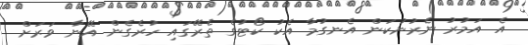
އެ އަމުރު ނެރުނުކަން އެނގުމާ އެކު ކޯޓުގެ ތެރޭގައި ހުރެގެން އޭނާ ވަރަށް